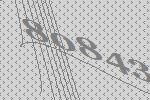
80843